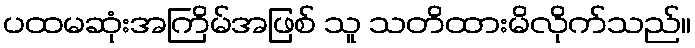
ပထမဆုံးအကြိမ်အဖြစ် သူ သတိထားမိလိုက်သည်။